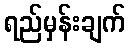
ရည်မှန်းချက်